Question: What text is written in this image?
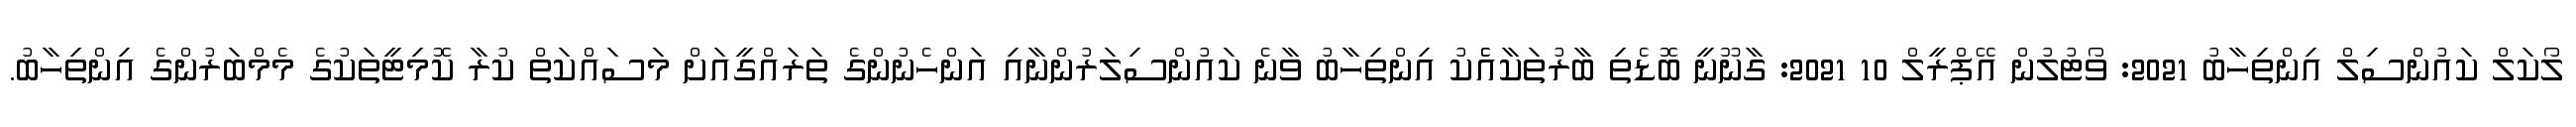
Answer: ލޯކަލް ކައުންސިލް އިންތިހާބު 2021: ވޯޓުލުން އޭޕްރީލް 10 2021: ގާނޫނީ ބޮޑެތި ބާރުތަކާއެެކު އިންތިހާބު ވާނެ ކައުންސިލަރުންނާއި އަންހެނުންގެ ތަރައްގީއަށް މަސައްކަތް ކުރާ ކޮމިޓީތަކުގެ މެމްބަރުންގެ އިންތިހާބު.